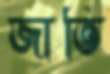
জাতি